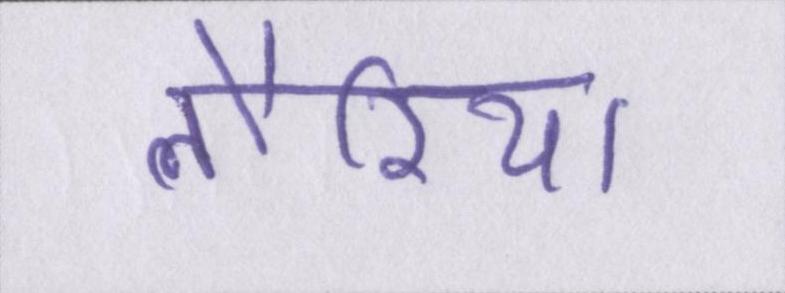
लौरिया